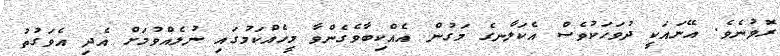
ރޮވުނެވެ. އޭނައަކީ ދުވަހަކުވެސް އެކަލާނގެ މަގުން އެއްކިބާވެގެންވާ މީހެއްކަމުގައި ނުލެއްވުމަށް އެދި އެވަގުތު